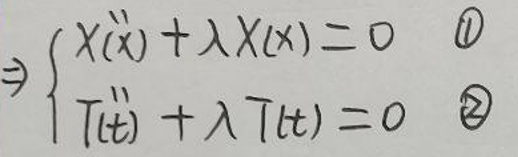
\begin{cases}
x^{\prime\prime}+\lambda x(x)=0 & \textcircled{1} \\
T^{\prime\prime}(t)+\lambda T(t)=0 & \textcircled{2}
\end{cases}